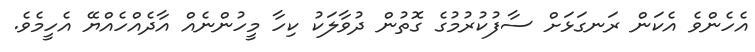
އެހެންވެ އެކަން ރަނގަޅަށް ސާފުކުރުމުގެ ގޮތުން ދުވާލަކު ކިހާ މީހުންނެއް އާދެއްހެއްޔޭ އެހީމެވެ.